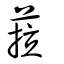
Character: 菈